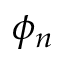
\phi _ { n }